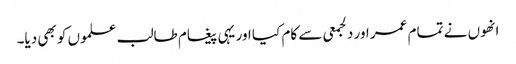
انھوں نے تمام عمر اور دلجمعی سے کام کیا اور یہی پیغام طالب علموں کو بھی دیا۔